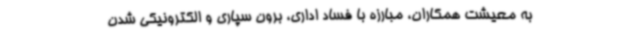
به معیشت همکاران، مبارزه با فساد اداری، برون سپاری و الکترونیکی شدن